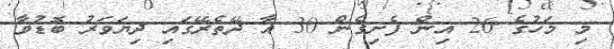
މި މަހުގެ 26 އިން ފެށިގެން 30 އާ ދޭތެރޭގައި ދިޔަވަރު ބޮޑުވާ